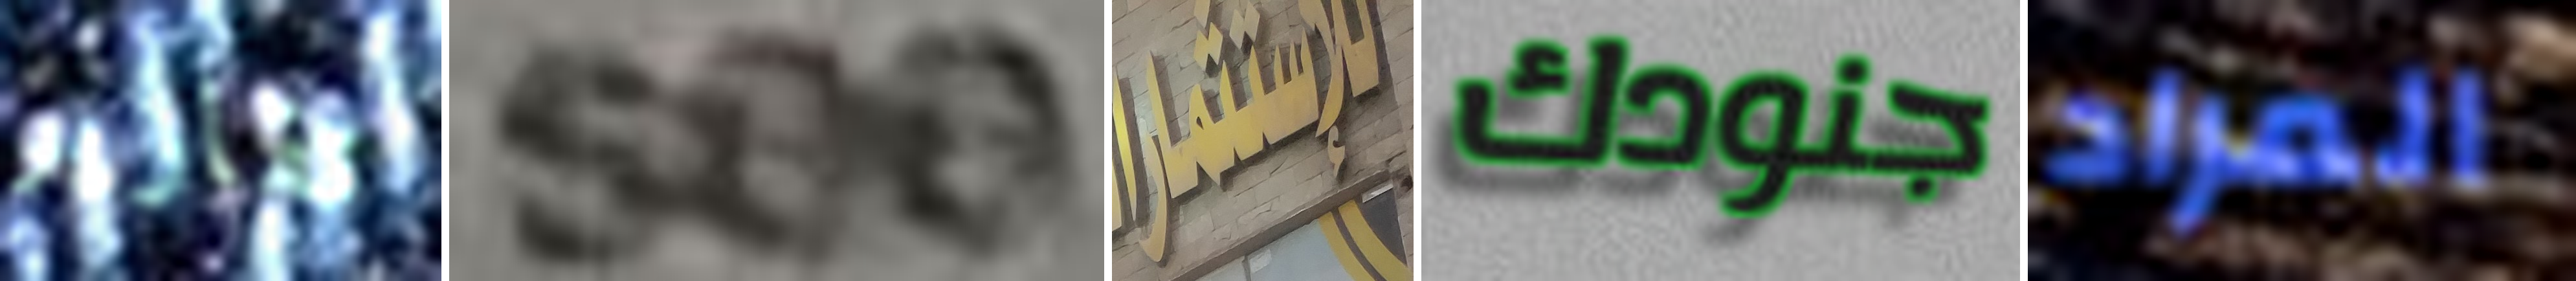
تقارير see للإستثمار جنودك المراد